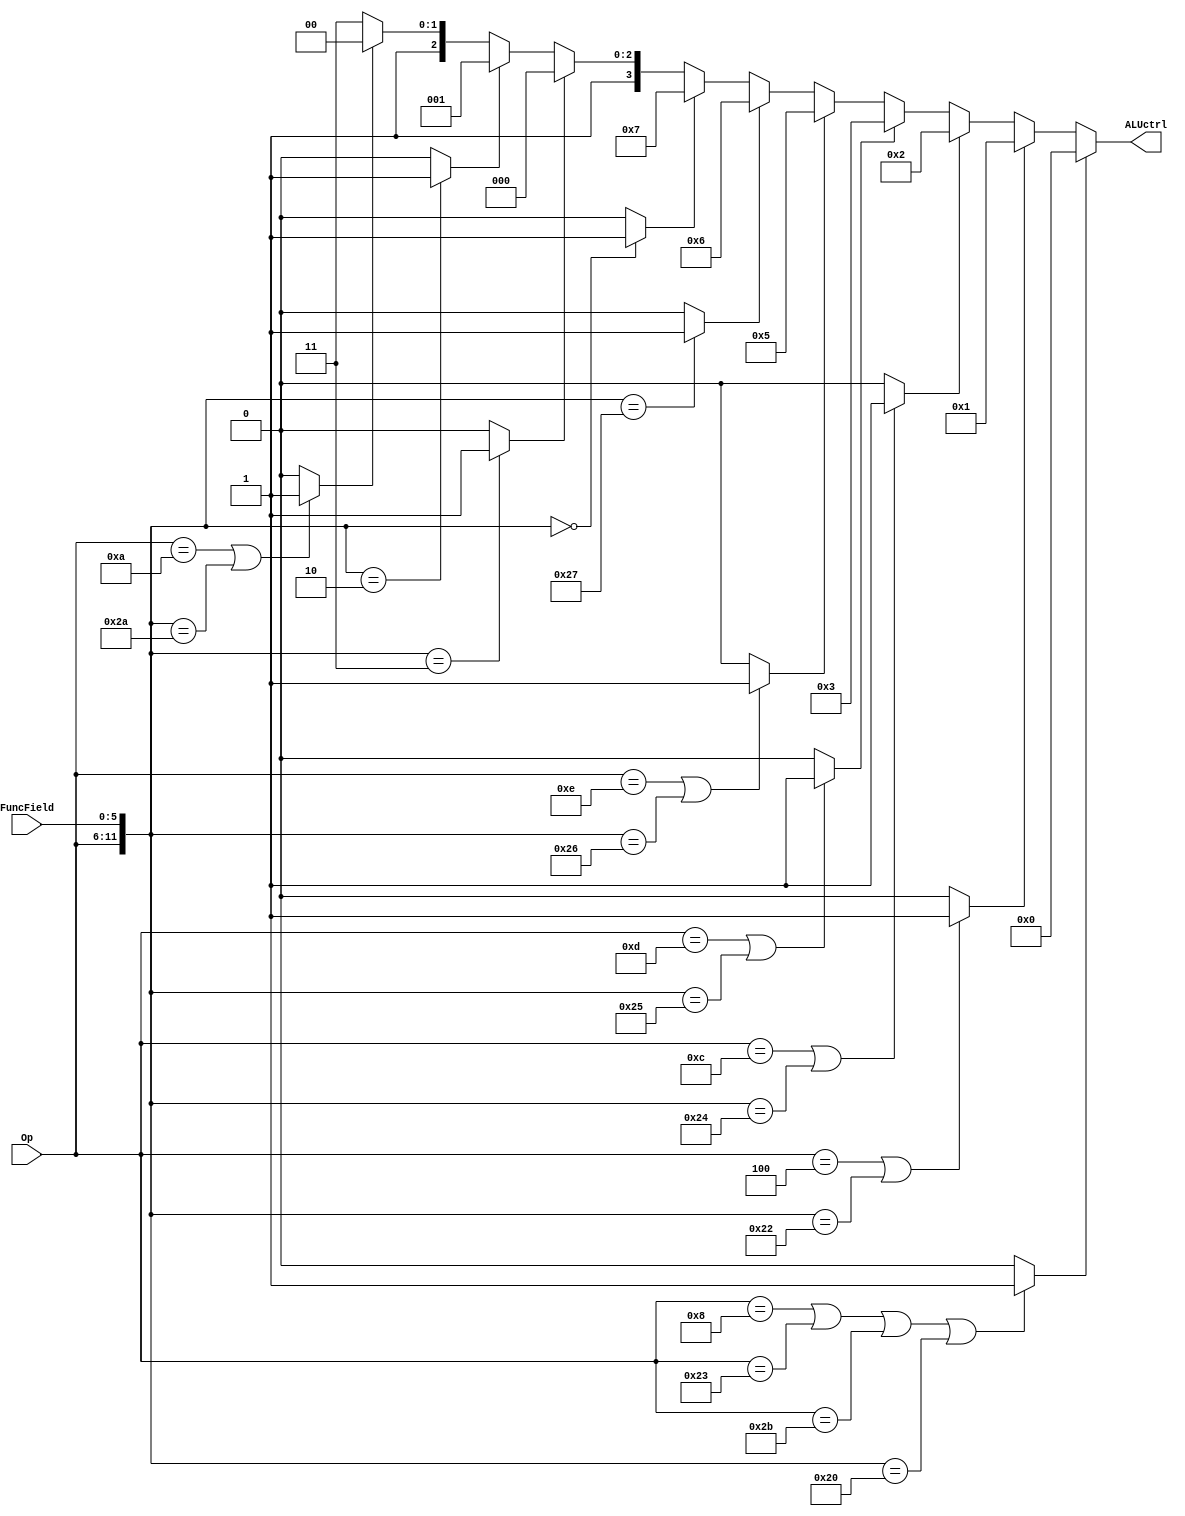
module ALUControler(
    Op,
    FuncField,
    ALUctrl
);
	
	input  [5:0] Op;
	input  [5:0] FuncField;
	output [3:0] ALUctrl;

// TODO  //////////////////////////////////////////////////////////////////////////////////
wire ADD, SUB, AND, OR, XOR, NOR, SLL, SRL, SRA, SLT;
reg [3:0] Out;

assign ADD = ((Op == 6'b001000) || (Op == 6'b100011) || (Op == 6'b101011) || ({Op,FuncField} == 12'b000000100000)) ? 1'b1 : 1'b0;
assign SUB = ((Op == 6'b000100) || ({Op,FuncField} == 12'b000000100010)) ? 1'b1 : 1'b0;
assign AND = ((Op == 6'b001100) || ({Op,FuncField} == 12'b000000100100)) ? 1'b1 : 1'b0;
assign OR  = ((Op == 6'b001101) || ({Op,FuncField} == 12'b000000100101)) ? 1'b1 : 1'b0;
assign XOR = ((Op == 6'b001110) || ({Op,FuncField} == 12'b000000100110)) ? 1'b1 : 1'b0;
assign NOR = (({Op,FuncField} == 12'b000000100111)) ? 1'b1 : 1'b0;
assign SLL = (({Op,FuncField} == 12'b000000000000)) ? 1'b1 : 1'b0;
assign SRL = (({Op,FuncField} == 12'b000000000011)) ? 1'b1 : 1'b0;
assign SRA = (({Op,FuncField} == 12'b000000000010)) ? 1'b1 : 1'b0;
assign SLT = ((Op == 6'b001010) || ({Op,FuncField} == 12'b000000101010)) ? 1'b1 : 1'b0;

assign ALUctrl = Out;

always@(*) begin
	if(ADD)      Out = 4'b0000; 
	else if(SUB) Out = 4'b0001; 
	else if(AND) Out = 4'b0010; 
	else if(OR ) Out = 4'b0011; 
	else if(XOR) Out = 4'b0101; 
	else if(NOR) Out = 4'b0110; 
	else if(SLL) Out = 4'b0111; 
	else if(SRL) Out = 4'b1000; 
	else if(SRA) Out = 4'b1001; 
	else if(SLT) Out = 4'b1100; 
	else         Out = 4'b1111;

end


///////////////////////////////////////////////////////////////////////////////////////////   

endmodule